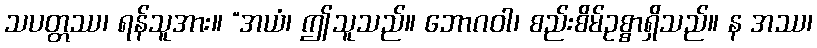
သပတ္တဿ၊ ရန်သူအား။ “အယံ၊ ဤသူသည်။ ဘောဂဝါ၊ စည်းစိမ်ဥစ္စာရှိသည်။ န အဿ၊